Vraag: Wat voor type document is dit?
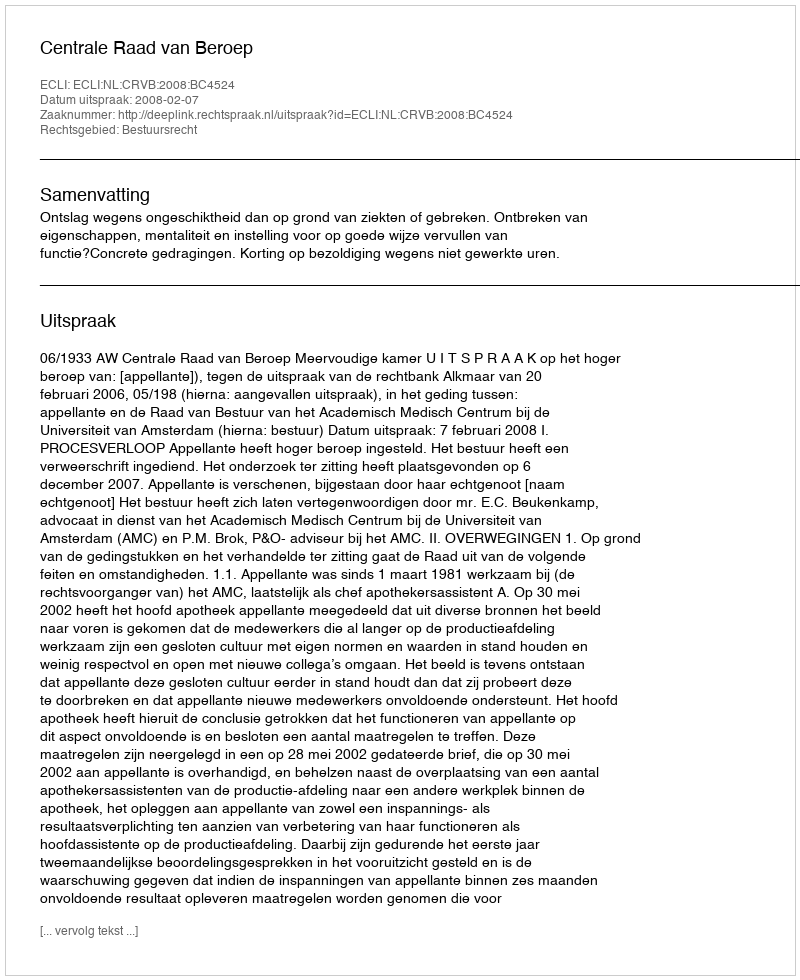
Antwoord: Uitspraak